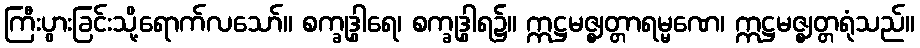
ကြီးပွားခြင်းသို့ရောက်လသော်။ စက္ခုဒွါရေ၊ စက္ခုဒွါရ၌။ ဣဋ္ဌမဇ္ဈတ္တာရမ္မဏေ၊ ဣဋ္ဌမဇ္ဈတ္တရုံသည်။